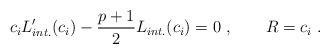
\begin{align*}c_i L_{int.}^\prime (c_i)-{p+1\over 2}L_{int.}(c_i)=0\ ,\qquad R=c_i\ .\end{align*}